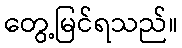
တွေ့မြင်ရသည်။